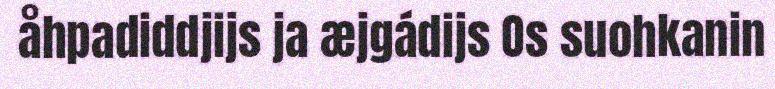
åhpadiddjijs ja æjgádijs Os suohkanin